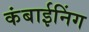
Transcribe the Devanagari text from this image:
कंबाईनिंग